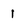
Character: 1